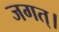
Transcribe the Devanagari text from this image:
जगत्‌।